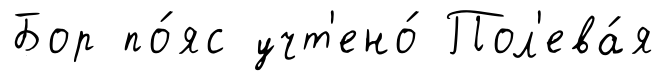
Бор по́яс учт'ено́ Пол'ева́я